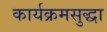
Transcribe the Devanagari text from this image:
कार्यक्रमसुद्धा